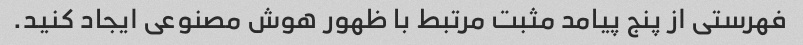
فهرستی از پنج پیامد مثبت مرتبط با ظهور هوش مصنوعی ایجاد کنید.